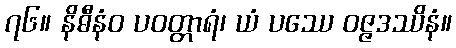
၇၆။ နိဓီနံဝ ပဝတ္တာရံ၊ ယံ ပဿေ ဝဇ္ဇဒဿိနံ။